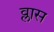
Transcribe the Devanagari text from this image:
व्लास